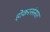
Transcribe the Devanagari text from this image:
होकरसंसार